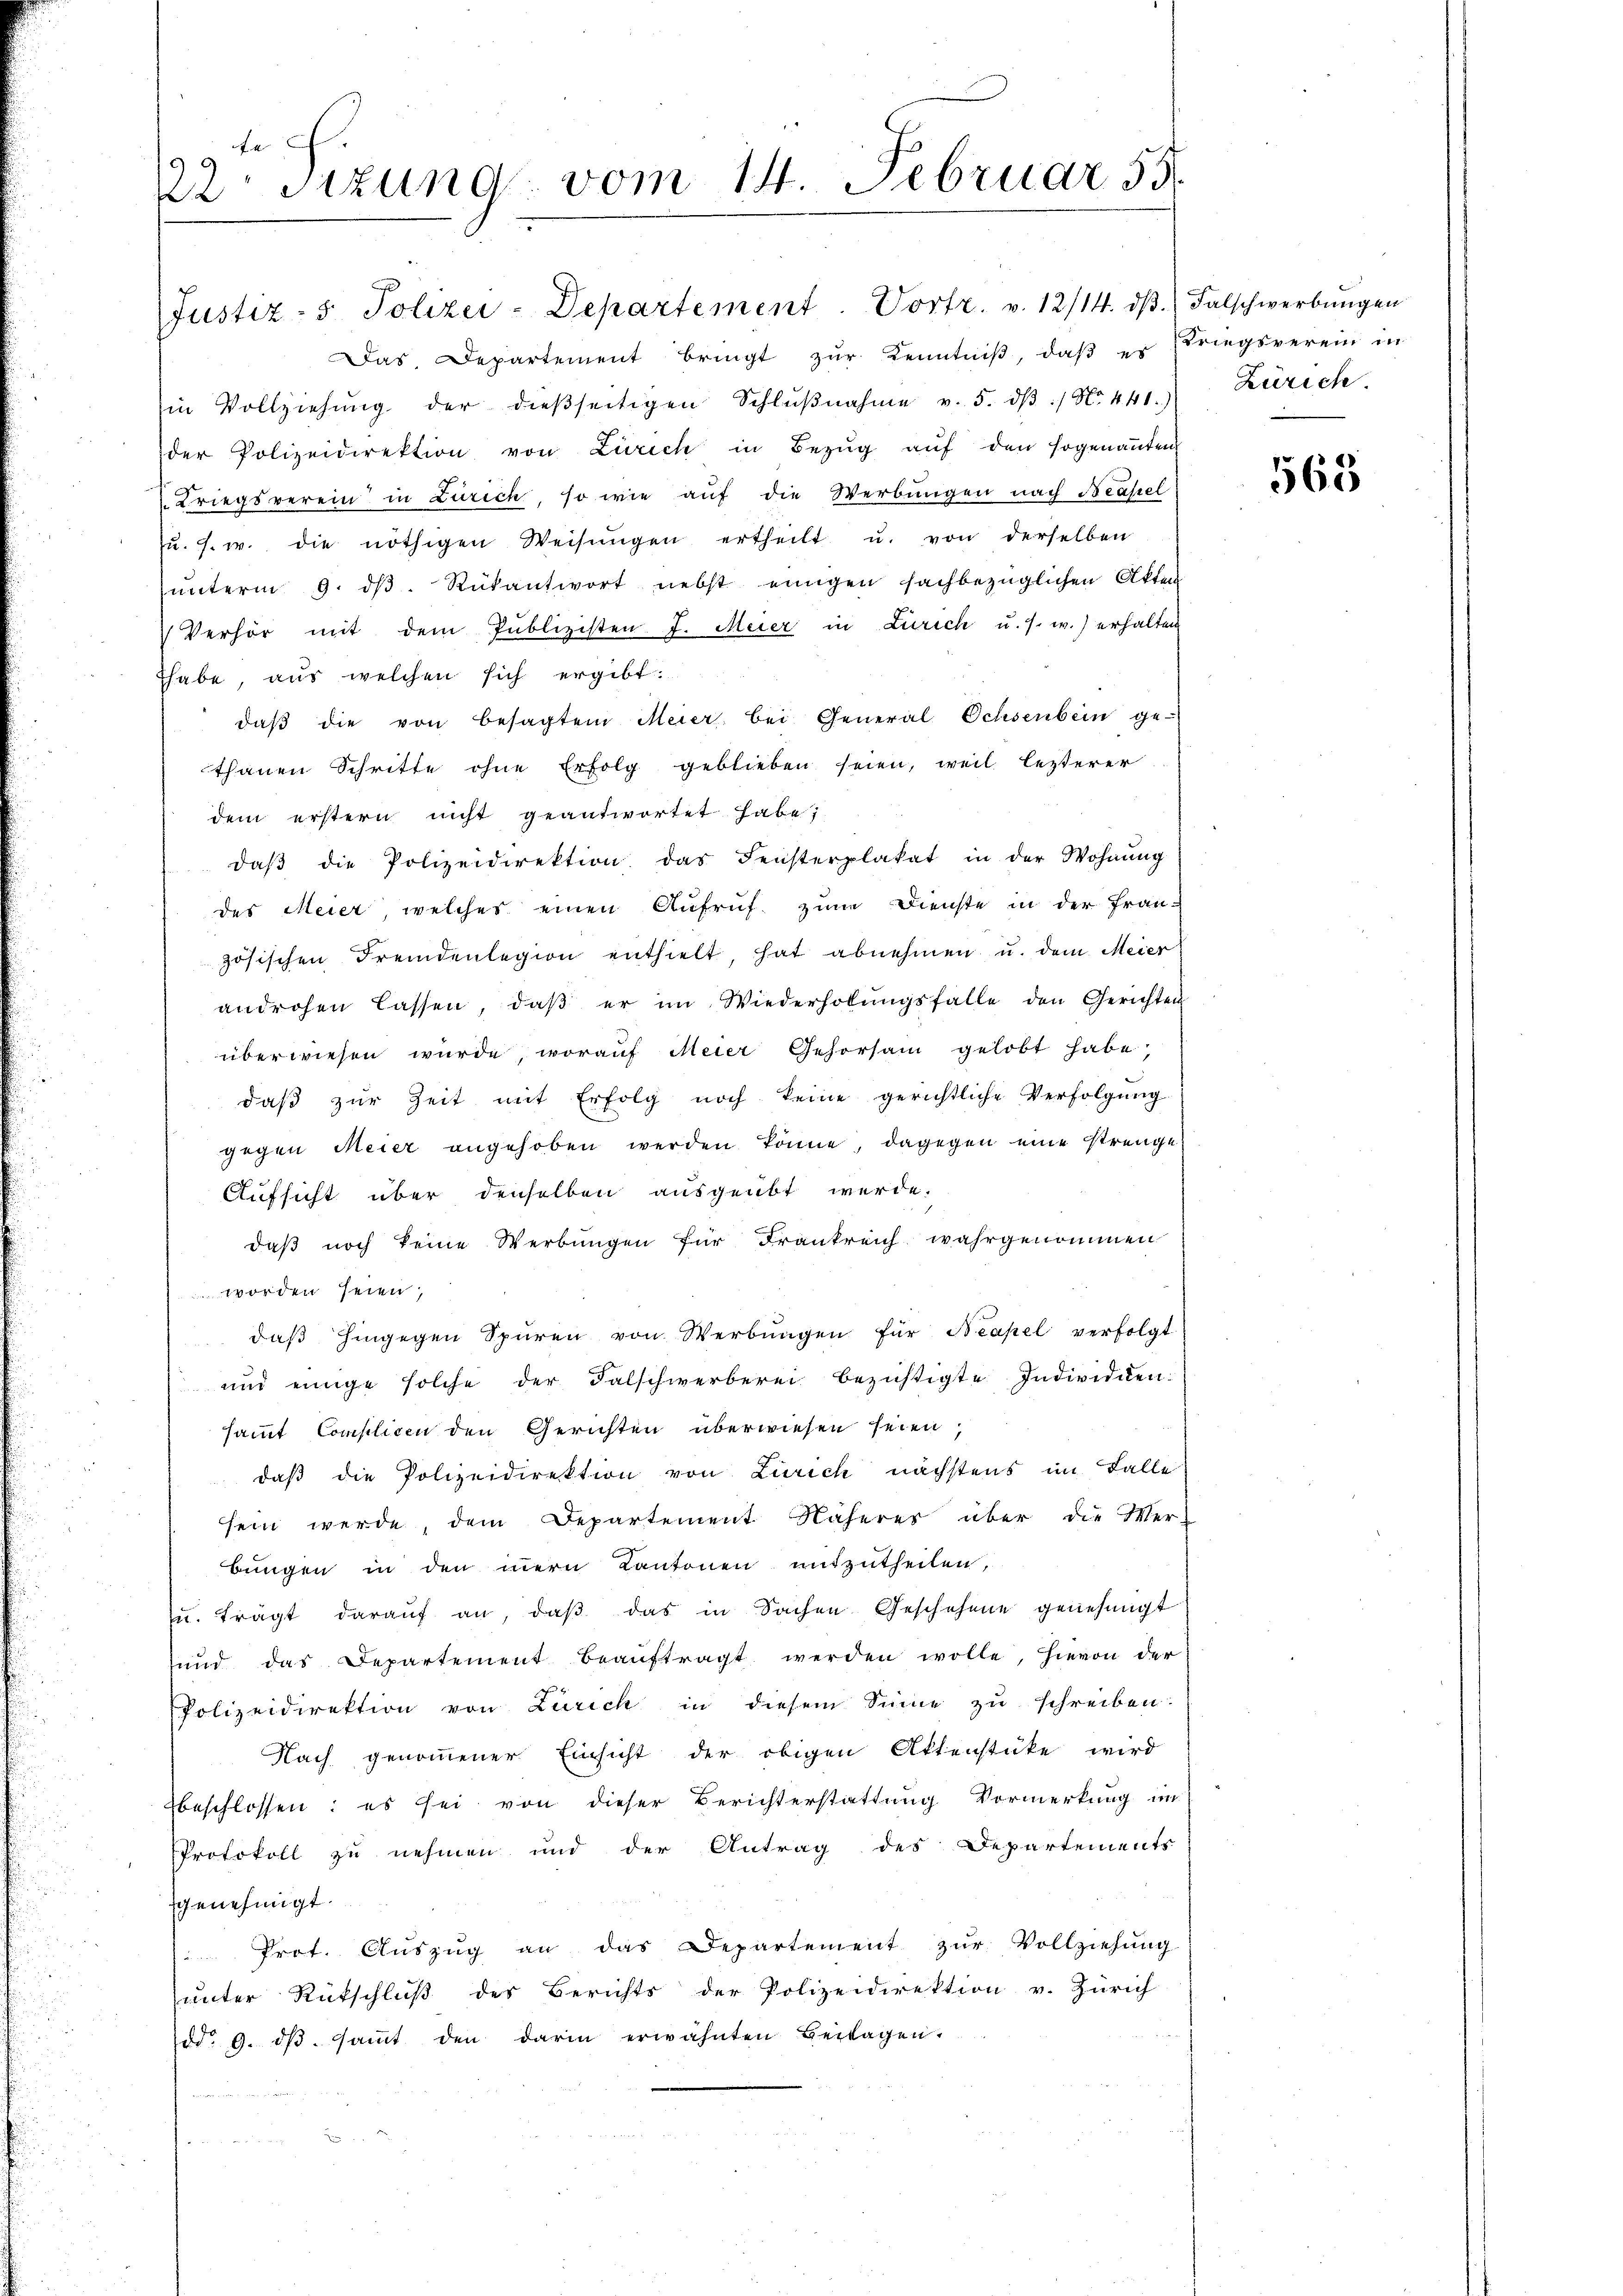
4
22 sizung vom 14. Februar 55

Das Departement bringt zŭr Kenntniβ, daβ er kriegsverein in
Ein Vollziehŭng der dieβseitigen Schlŭβnahme v. 5. dβ :/ No. 441.
der Polizeidirektion von Zürich in Bezŭg aŭf den sogenannten
Kriegsverein in Zürich, so wie auf die Werbungen nach Basel
zŭ. s. w. die nöthigen Weisŭngen ertheilt u. von derselben
ŭnterm 9. dβ. Rükantwort nebst einigen sachbezüglichen Akten
Verhör mit dem Publizisten. J. Meier in Zürich u. s. w.) erhalten
thabe, aus welchen sich ergibt:
daβ die von besagtem Meier bei General Ochsenbein ge-
thanen Schritte ohne Erfolg geblieben seien, weil lezterer
dem erstern nicht geantwortet habe;
daβ die Polizeidirektion das Fensterplakat in der Wohnŭng
des Meier, welches einen Aufruf zum Dienste in der Fran-
zösischen Fremdenlegion enthielt, hat abnehmen u. dem Meier
androhen lassen, daβ er im Wiederholŭngsfalle den Gerichten
überwiesen würde, worauf Meier Gehorsam gelobt habe,
daβ zŭr Zeit mit Erfolg noch keine gerichtliche Verfolgung
gegen Meier angehoben werden könne, dagegen eine strenge
Aufsicht über denselben ausgeübt werde.
daß noch keine Werbungen für Frankreich wahrgenommen
worden seien,
daβ hingegen Spuren von Werbŭngen für Neapel verfolgt
und einige solche der Falschwerberei bezichtigte Individiensammt Complicen den Gerichten überwiesen seien.
daβ die Polizeidirektion von Zürich nächstens im Falle
sein werde, dem Departement Näherer über die Wer-
bungen in den inern Kantonen mitzutheilen,
ŭ. trägt daraŭf an, daβ das in Sachen Geschehene genehmigt
und das Departement beaŭftragt werden wolle, hievon der
Polizeidirektion von Zürich in diesem Sinne zu schreiben.
Nach genommener Einsicht der obigen Aktenstüke wird
beschlossen: es sei von dieser Berichterstattung Vormerkung im
Protokoll zu nehmen und der Antrag des Departements
genehmigt.
 Prot. Aŭszŭg an das Departement zŭr Vollziehŭng
unter Rückschluß des Berichts der Polizeidirektion v. Zürich
dd. 9. dβ. saṁt den darin erwähnten Beilagen.

Justiz- & Polizei-Departement. Vortr. v. 12/14. dβ. Falschwerbungen

Zürich.

568